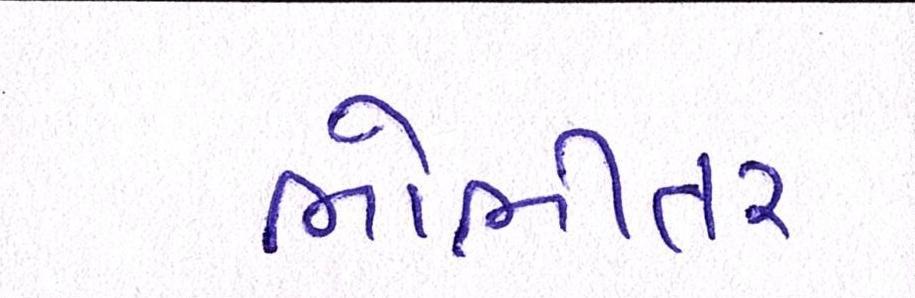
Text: ભોભીતર